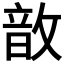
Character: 𢾚